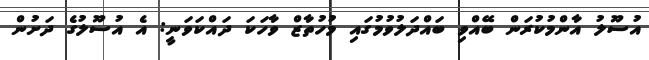
އުސޫލު އާންމުކުރަން ބޭއްވި ބައްދަލުވުމުގައި މުހުތާޒް ވާހަކަ ދައްކަވަނީ: އެ އުސޫލުގެ ދަށުން